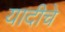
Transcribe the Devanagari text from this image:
यादीचे